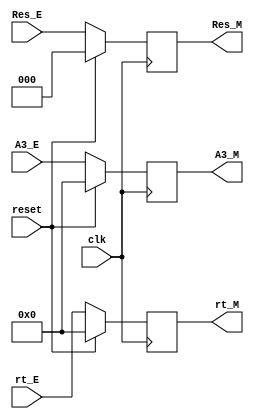
`timescale 1ns / 1ps
//////////////////////////////////////////////////////////////////////////////////
// Company: 
// Engineer: 
// 
// Design Name: 
// Module Name:    Res_M 
// Project Name: 
// Target Devices: 
// Tool versions: 
// Description: 
//
// Dependencies: 
//
// Revision: 
// Revision 0.01 - File Created
// Additional Comments: 
//
//////////////////////////////////////////////////////////////////////////////////
module ResM(
    input [2:0] Res_E,
    input [4:0] A3_E,
	input [4:0] rt_E,
    input clk,
    input reset,
    output [2:0] Res_M,
    output [4:0] A3_M,
	output [4:0] rt_M
    );
	reg [2:0] res;
	reg [4:0] a3, rt;
	assign Res_M = res;
	assign A3_M = a3;
	assign rt_M = rt;
	initial begin
		res <= 0;
		a3 <= 0;
		rt <= 0;
	end
	always @(posedge clk) begin
		if(reset) begin
			res <= 0;
			a3 <= 0;
			rt <= 0;
		end
		else if(reset == 0) begin
			res <= Res_E;
			a3 <= A3_E;
			rt <= rt_E;
		end
	end

endmodule